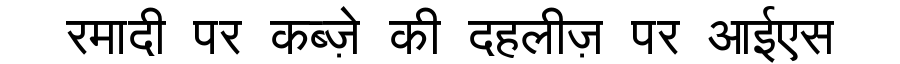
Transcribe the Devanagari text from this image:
रमादी पर कब्ज़े की दहलीज़ पर आईएस